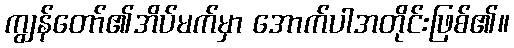
ကျွန်တော်၏အိပ်မက်မှာ အောက်ပါအတိုင်းဖြစ်၏။